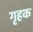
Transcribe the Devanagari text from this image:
गृहक